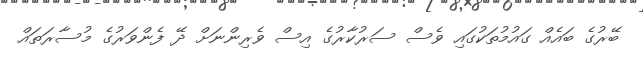
ބޭރުގެ ބައެއް ގައުމުތަކުގައި ވެސް ސަރުކާރުގެ އިސް ވެރިންނަށް ދޭ ފެންވަރުގެ މުސާރަތައް